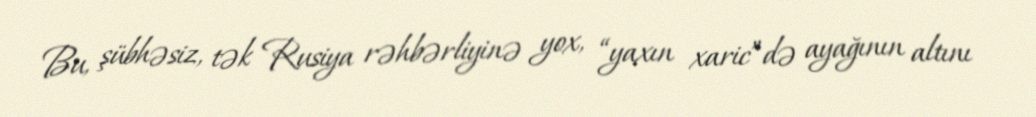
Bu, şübhəsiz, tək Rusiya rəhbərliyinə yox, “yaxın xaric”də ayağının altını